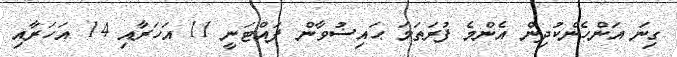
ގިނަ އަންހެންކުދިން އެންމެ ފުރަތަމަ ޙައިޟުވާން ފައްޓަނީ 11 އަހަރާއި 14 އަހަރާއި